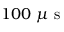
1 0 0 ~ \mu \mathrm { ~ s ~ }